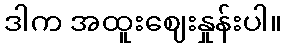
ဒါက အထူးဈေးနှုန်းပါ။